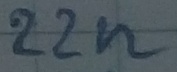
Text: 22n